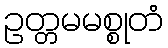
ဥတ္တမမစ္စုတံ